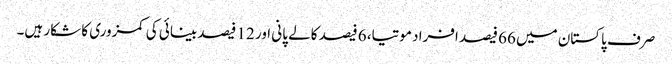
صرف پاکستان میں 66 فیصد افراد موتیا، 6 فیصد کالے پانی اور 12 فیصد بینائی کی کمزوری کا شکار ہیں۔